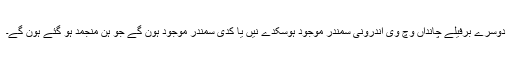
دوسرے برفیلے چانداں وچ وی اندرونی سمندر موجود ہوسکدے نيں یا کدی سمندر موجود ہون گے جو ہن منجمد ہو گئے ہون گے۔